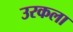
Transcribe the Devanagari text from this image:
उरकला